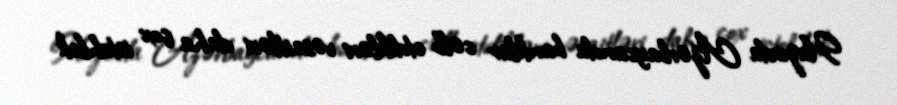
Hazırda Azərbaycanda banklar cəlb etdikləri vəsaitləri daha çox istehlak